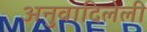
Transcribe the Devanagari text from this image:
अनुवादिलेली